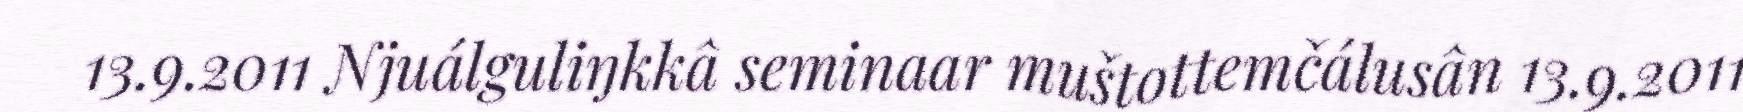
13.9.2011 Njuálguliŋkkâ seminaar muštottemčálusân 13.9.2011